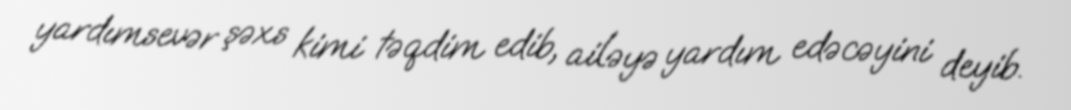
yardımsevər şəxs kimi təqdim edib, ailəyə yardım edəcəyini deyib.